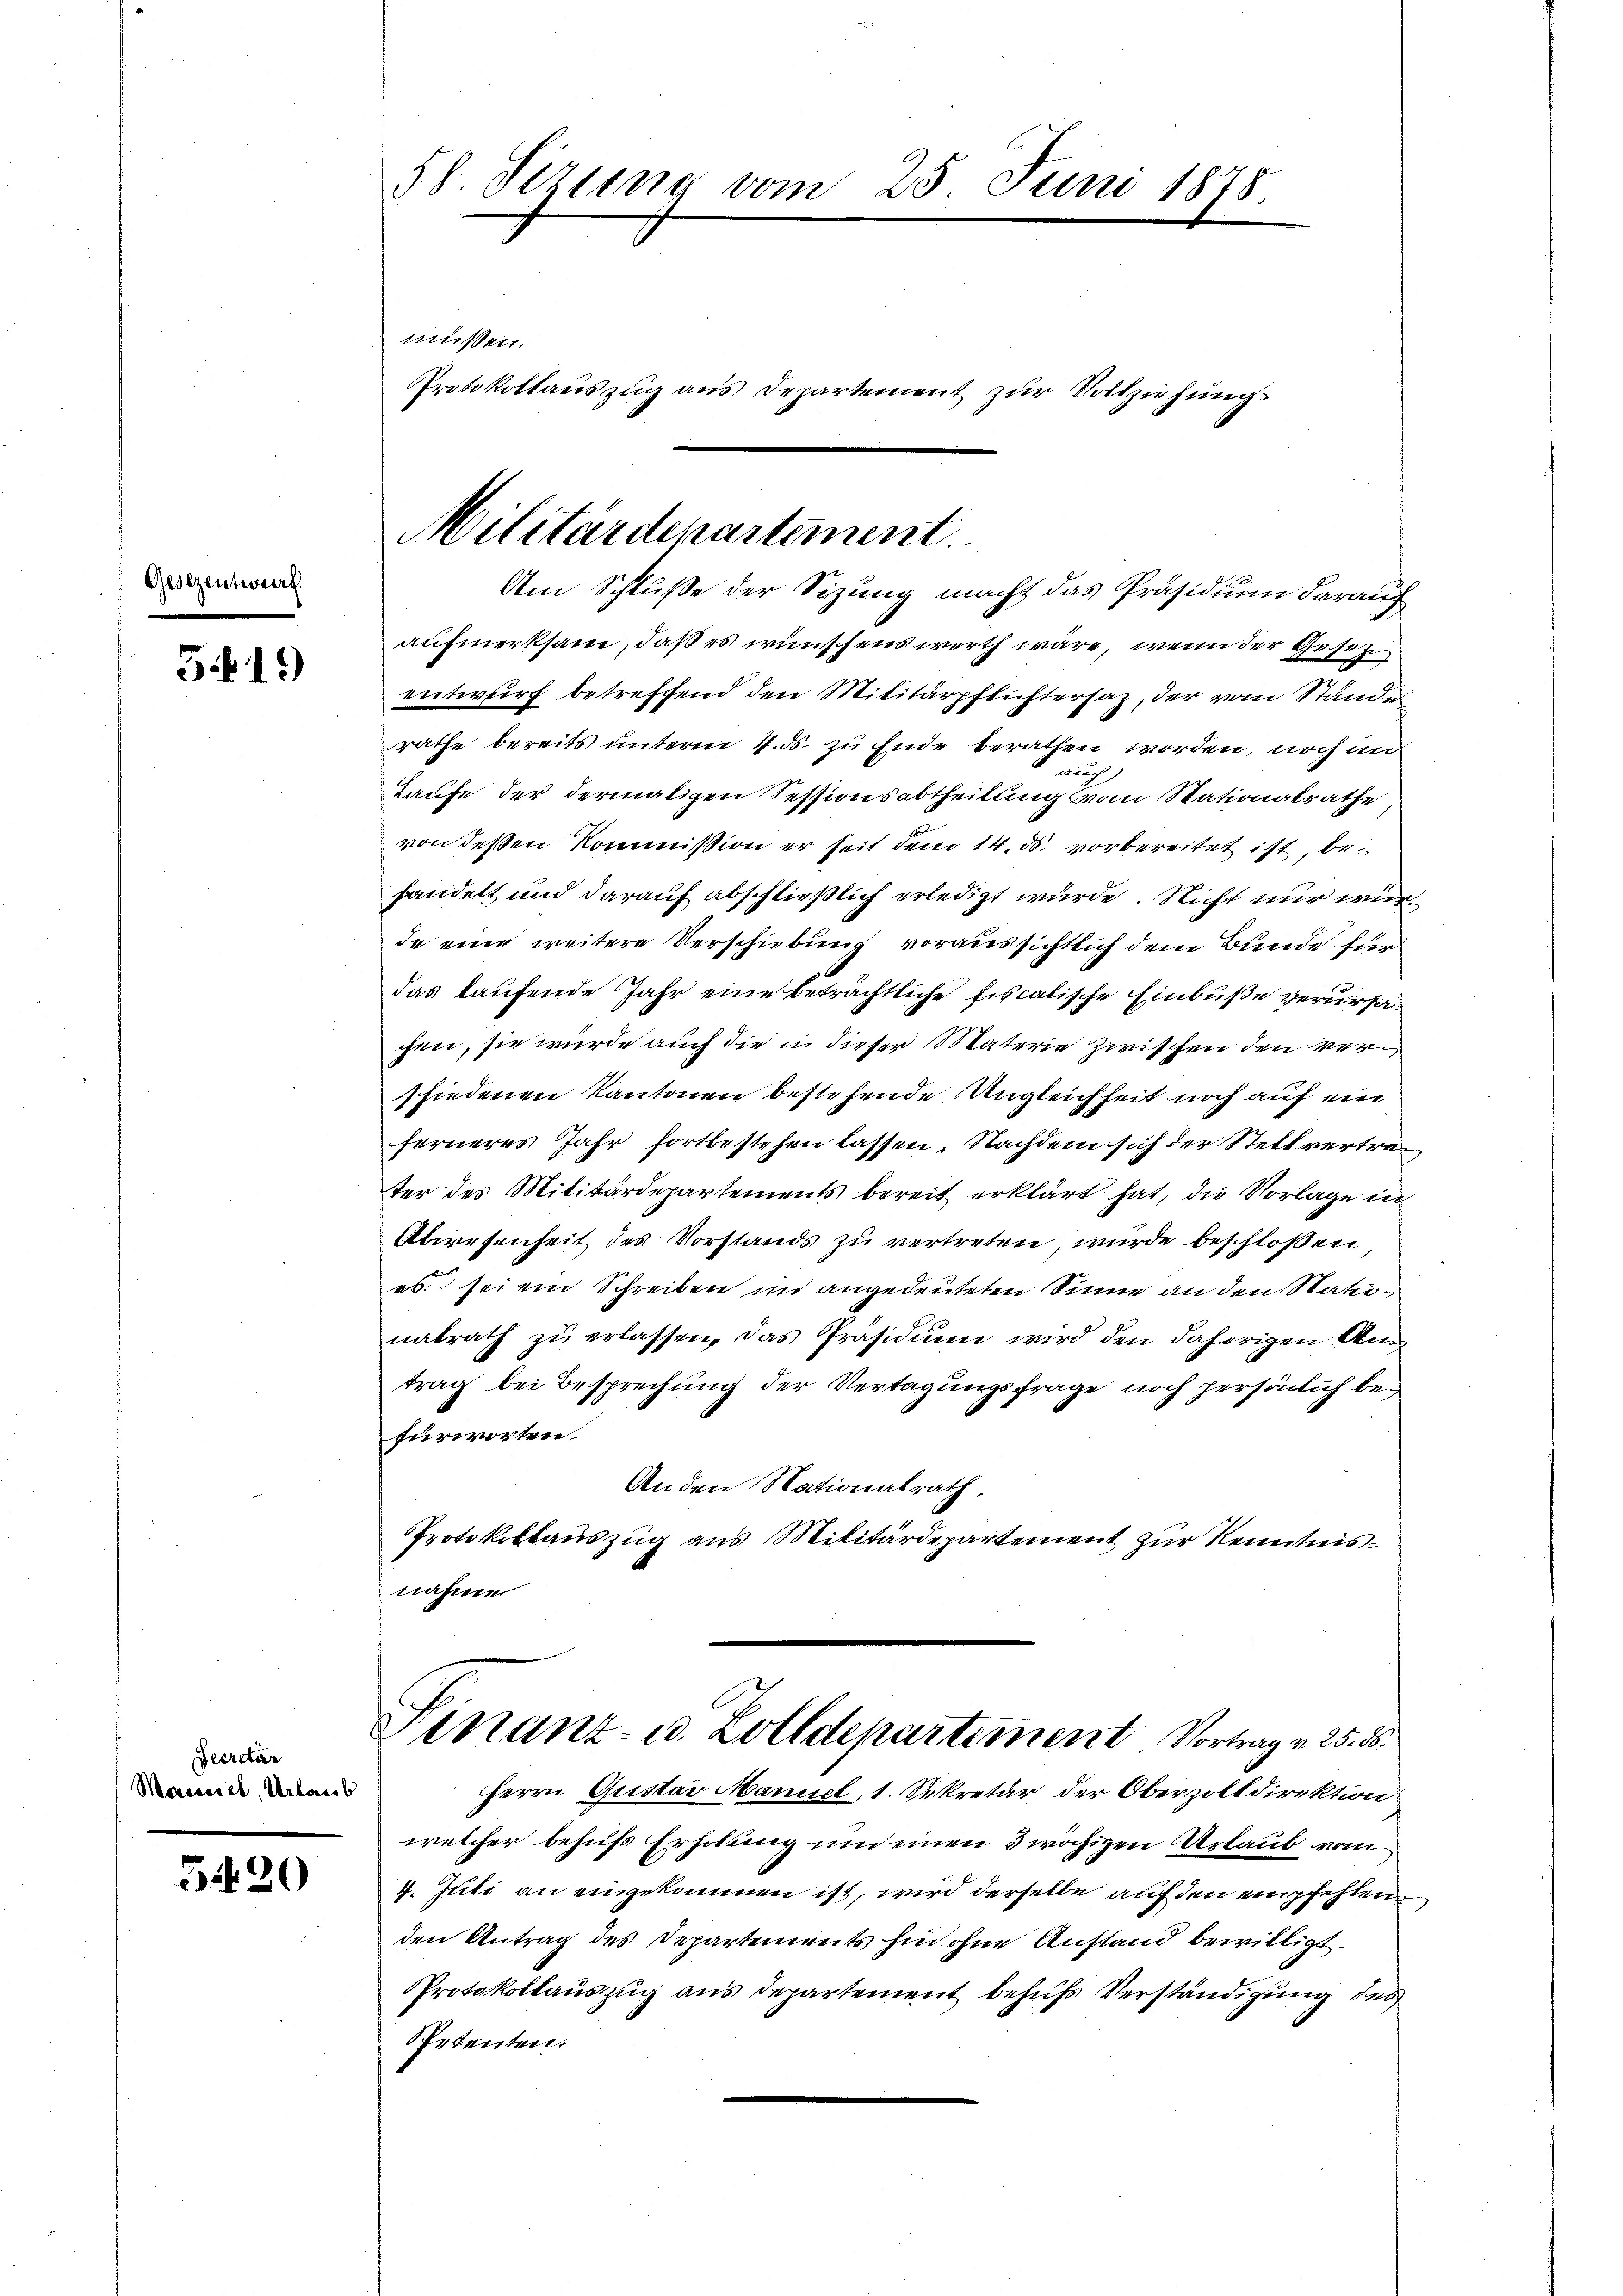
Ges

5419

Decretär
Morussich, Urlaub

5420

58. Sizung vom 25. Juni 1878
müssen.

Protokollauszug aus Departement zur Vollziehung

Militärdepartement
Am Schluße der Sizung macht das Präsidium darauf

aufmerksam, daß es wünschenswerth wäre, wenn der Gesetze
entwurf betreffend den Militärpflichtersaz, der vom Standrathe bereits unterm 4. ds. zu Ende berathen worden, noch in
auch
Taufe der dermaligen Sessionsabtheilung vom Stationalrathe
von deßen Kommission er seit dem 14. ds. vorbereitet ist, behandelt und darauf abschließlich erledigt wurde. Nicht nur wur
de eine weitere Verschiebung voraussichtlich dem Bunde für
das laufende Jahr eine beträchtliche fiscalische Einbuße verursachen, sie würde auch die in dieser Materie zwischen den verfiedenen Kantonen bestehende Ungleichheit noch auf ein
ferneres Jahr fortbestehen lassen. Nachdem sich der Stellvertreter des Militärdepartements bereit erklärt hat, die Vorlage in
Abwesenheit des Vorstands zu vertreten wurde beschloßen
es. sei ein Schreiben in angedeuteten Sinne an den Natunatrath zŭ erlassen, das Präsidium wird den daherigen An
trag bei Besprechung der Vertagungsfrage noch persönlich bei
fürworten.
An den Nationalrath,
Protokollauszug aus Militärdepartement zur Kenntnisnahnen
e
Sinanz- u. Zolldepartement Vortrag v. 25. ds.
Herrn Quistav Maniel, 1. Sekretär der Oberzolt direktion
welcher behufs Erholung um einen 3 wächigen Urlaub vom
4. Juli an eingekommen ist, wird derselbe auf den empfehlen,
den Antrag des Departements hin ohne Anstand bewilligt
Protokollauszug aus Departement behufs Verständigung des
Spetenten.